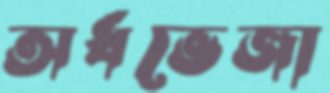
অর্ধভেজা